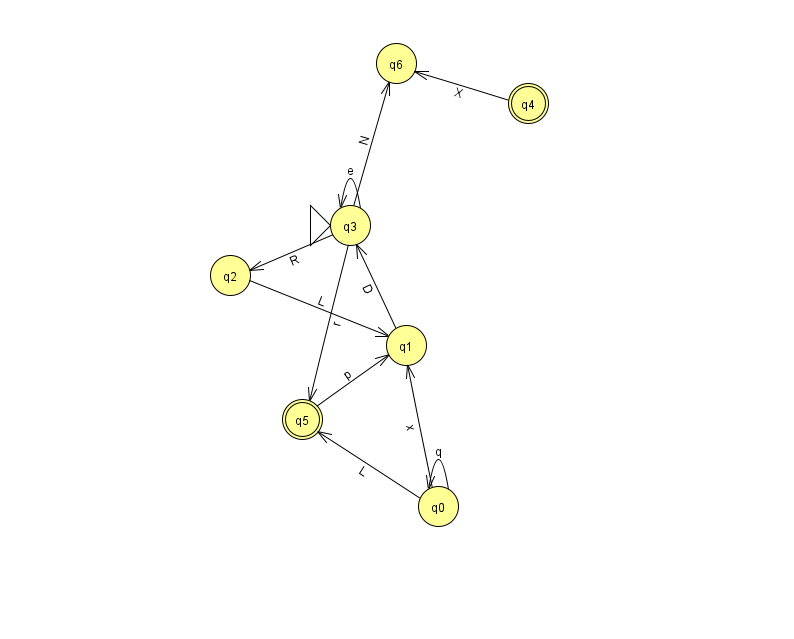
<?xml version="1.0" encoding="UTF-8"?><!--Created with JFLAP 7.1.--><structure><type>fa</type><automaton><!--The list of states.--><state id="0" name="q0"><x>438.0</x><y>493.0</y></state><state id="1" name="q1"><x>406.0</x><y>332.0</y></state><state id="2" name="q2"><x>230.0</x><y>262.0</y></state><state id="3" name="q3"><x>350.0</x><y>212.0</y><initial/></state><state id="4" name="q4"><x>528.0</x><y>90.0</y><final/></state><state id="5" name="q5"><x>302.0</x><y>406.0</y><final/></state><state id="6" name="q6"><x>396.0</x><y>50.0</y></state><!--The list of transitions.--><transition><from>0</from><to>1</to><read>x</read></transition><transition><from>3</from><to>6</to><read>N</read></transition><transition><from>0</from><to>0</to><read>q</read></transition><transition><from>0</from><to>5</to><read>L</read></transition><transition><from>2</from><to>1</to><read>L</read></transition><transition><from>4</from><to>6</to><read>X</read></transition><transition><from>3</from><to>2</to><read>R</read></transition><transition><from>3</from><to>3</to><read>e</read></transition><transition><from>5</from><to>1</to><read>p</read></transition><transition><from>3</from><to>5</to><read>r</read></transition><transition><from>1</from><to>3</to><read>D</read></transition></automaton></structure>